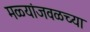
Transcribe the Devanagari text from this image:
मळ्यांजवळच्या